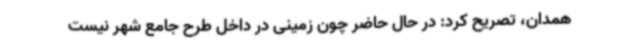
همدان، تصریح کرد: در حال حاضر چون زمینی در داخل طرح جامع شهر نیست